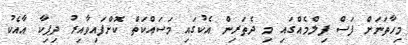
މިހާތަނަށް ފަސް ފިލްމެއްގައި މި ދެތަރިން އެކުގައި މަސައްކަތް ކޮށްފައިވާއިރު ދިޕިކާ އާއެކު